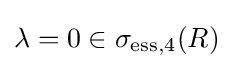
\lambda =0\in \sigma _{\mathrm {ess} ,4}(R)